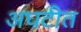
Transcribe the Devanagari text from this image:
अघटीत